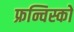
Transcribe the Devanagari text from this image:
फ्रन्चिस्को